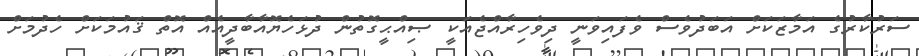
ސަރުކާރުގެ އަމާޒަކަށް އަބަދުވެސް ވެފައިވަނީ ދިވެހިރާއްޖެއަކީ ޞިއްޙީގޮތުން ދުޅަހެޔޮއާބާދީއެއް އޮތް ޤައުމަކަށް ހެދުމަށް